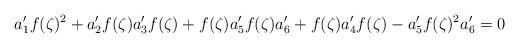
LaTeX: \begin{align*}a_1'f(\zeta)^2 +a_2'f(\zeta)a_3'f(\zeta)+f(\zeta)a_5'f(\zeta)a_6'+f(\zeta)a_4'f(\zeta)-a_5'f(\zeta)^2a_6'=0\end{align*}